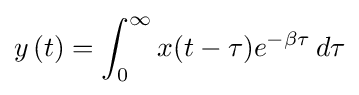
y\left(t\right)=\int _{0}^{\infty }x(t-\tau )e^{-\beta \tau }\,d\tau